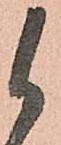
候